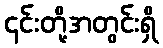
၎င်းတို့အတွင်းရှိ